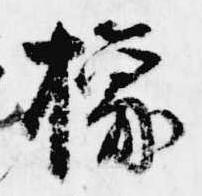
橡